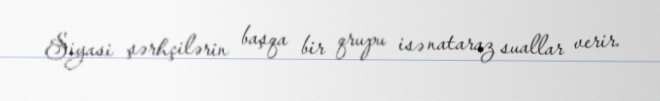
Siyasi şərhçilərin başqa bir qrupu isə nataraz suallar verir.